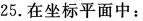
25.在坐标平面中：